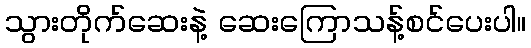
သွားတိုက်ဆေးနဲ့ ဆေးကြောသန့်စင်ပေးပါ။